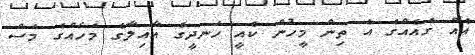
އެއް ގެއެއްގެ އެ ތިން މީހުން ކެއީ ހަނދީގެ އާއިލާގެ މަހެއްގެ މަސް